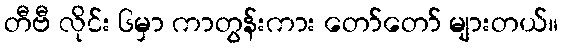
တီဗီ လိုင်း ၆မှာ ကာတွန်းကား တော်တော် များတယ်။